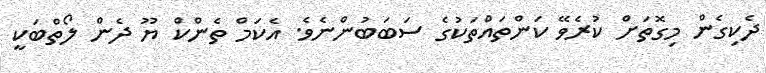
ދެކިގެން މިގޮތަށް ކުރެވޭ ކަންތައްތަކުގެ ސަބަބުންނެވެ. އެކަމް ތެންކް ޔޫ ދެން ލޯތްބަކީ